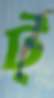
ট্